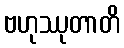
ဗဟုဿုတာတိ